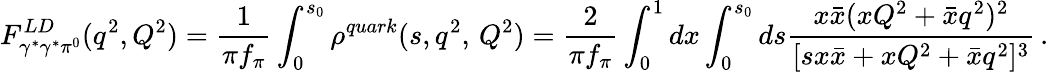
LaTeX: F_{\gamma^{*}\gamma^{*}\pi^{0}}^{LD}(q^{2},Q^{2})=\frac 1{\pi f_{\pi}}\int_{0}^{s_{0}}\rho^{quark}(s,q^{2},\, Q^{2})=\frac 2{\pi f_{\pi}}\int_{0}^{1}dx\int_{0}^{s_{0}}ds\frac{x\bar{x}(xQ^{2}+\bar{x}q^{2})^{2}}{[s{x}\bar{x}+xQ^{2}+\bar{x}q^{2}]^{3}}\, .